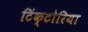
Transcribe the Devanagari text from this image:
टिंक्टोरिया